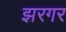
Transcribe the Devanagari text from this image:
झरगर